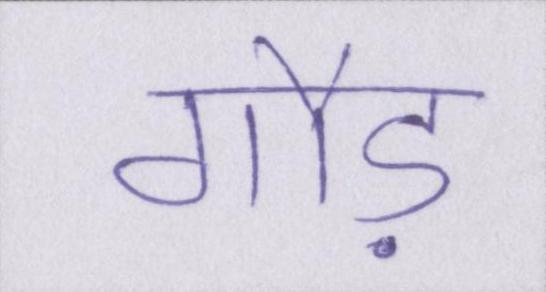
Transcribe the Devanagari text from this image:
गौड़